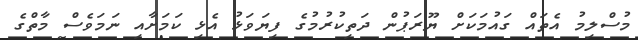
މުސްލިމު އެތައް ގައުމަކަށް ޔޫރަޕުން ދަތިކުރުމުގެ ފިޔަވަޅު އެޅި ކަމަށާއި ނަމަވެސް މާތްގެ